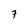
Character: 7